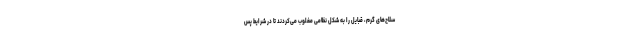
سلاح‌های گرم، قبایل را به شکل نظامی مغلوب می‌کردند تا در شرایط پس